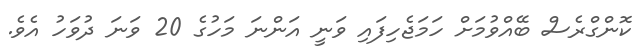
ކޮންގްރެސް ބޭއްވުމަށް ހަމަޖެހިފައި ވަނީ އަންނަ މަހުގެ 20 ވަނަ ދުވަހު އެވެ.